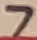
Text: 7